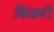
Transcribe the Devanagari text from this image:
किसमों